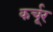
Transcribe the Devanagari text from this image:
कर्चूर